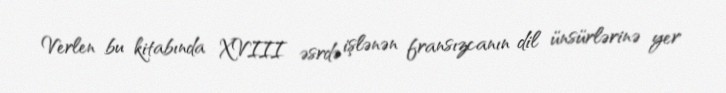
Verlen bu kitabında XVIII əsrdə işlənən fransızcanın dil ünsürlərinə yer